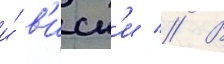
и́ в'иск'и // В